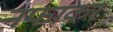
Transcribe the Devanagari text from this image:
नफाकर